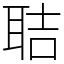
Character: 聐